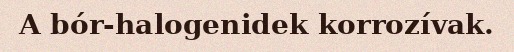
A bór-halogenidek korrozívak.